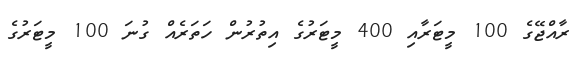
ރާއްޖޭގެ 100 މީޓަރާއި 400 މީޓަރުގެ އިތުރުން ހަތަރެއް ގުނަ 100 މީޓަރުގެ